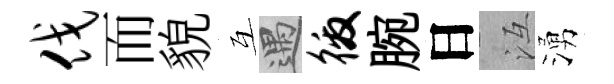
伐而貌互遇徼腕日冱湧